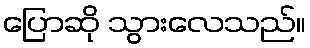
ပြောဆို သွားလေသည်။